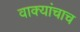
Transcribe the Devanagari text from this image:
वाक्यांचाच